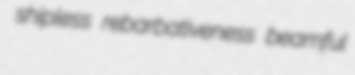
shipless rebarbativeness beamful